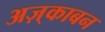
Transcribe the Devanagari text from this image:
अज़्काबन